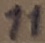
Text: 11